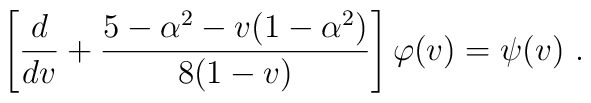
\left[ \frac{d}{dv} +\frac{5-\alpha^2-v(1-\alpha^2)}{8(1-v)}  \right] \varphi(v) = \psi(v)~.